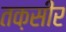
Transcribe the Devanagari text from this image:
तक़सीर